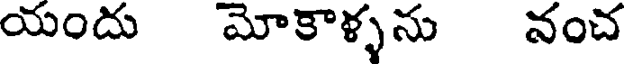
యందు మోకాళ్ళను నంచ